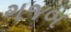
ગજબ